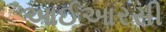
આઈઆરસી